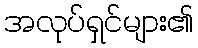
အလုပ်ရှင်များ၏